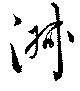
淑